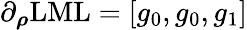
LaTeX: \partial_{\boldsymbol{\rho}}\mathrm{LML}=[g_{0},g_{0},g_{1}]